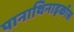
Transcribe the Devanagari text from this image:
पानाथिनाइकॉस